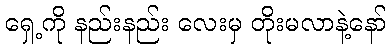
ရှေ့ကို နည်းနည်း လေးမှ တိုးမလာနဲ့နော်